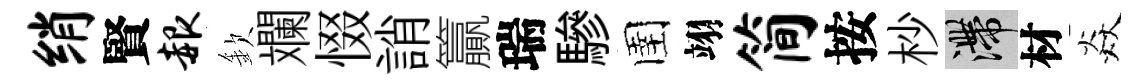
绡賢赧欽斕惙誚籯瑞驂圉翊简按杪滯材焱